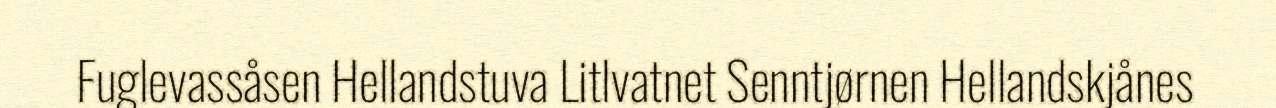
Fuglevassåsen Hellandstuva Litlvatnet Senntjørnen Hellandskjånes